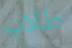
طلاب